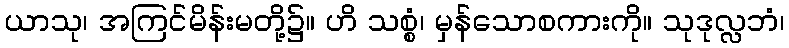
ယာသု၊ အကြင်မိန်းမတို့၌။ ဟိ သစ္စံ၊ မှန်သောစကားကို။ သုဒုလ္လဘံ၊